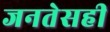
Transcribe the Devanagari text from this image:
जनतेसही